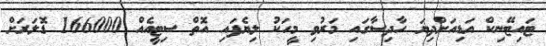
ޓައިޓޭނިކް އަޑިއަށްދިޔަ ހާދިސާގައި މަރުވި މީހަކު ލިޔެފައި އޮތް ސިޓީއެއް 166000 ޑޮލަރަށް